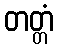
တတ္တံ